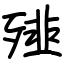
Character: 𩐁